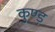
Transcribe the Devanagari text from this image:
कुण्ड़